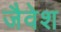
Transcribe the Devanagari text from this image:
जैवेश